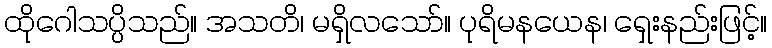
ထိုဂေါသပ္ပိသည်။ အသတိ၊ မရှိလသော်။ ပုရိမနယေန၊ ရှေးနည်းဖြင့်။